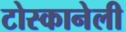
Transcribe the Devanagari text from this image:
टोस्कानेली